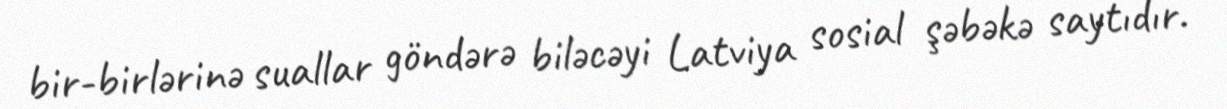
bir-birlərinə suallar göndərə biləcəyi Latviya sosial şəbəkə saytıdır.